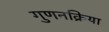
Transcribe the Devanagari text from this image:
गुणनक्रिया